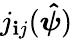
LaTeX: j_{\mathbf{i}j}(\boldsymbol{\hat{{\boldsymbol{\psi}}}})